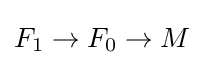
F_{1}\to F_{0}\to M